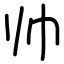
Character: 帅